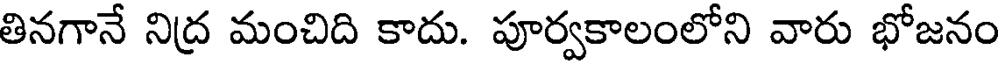
తినగానే నిద్ర మంచిది కాదు. పూర్వకాలంలోని వారు భోజనం